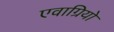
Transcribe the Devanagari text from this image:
एवाग्रियो